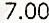
7.00